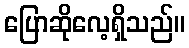
ပြောဆိုလေ့ရှိသည်။